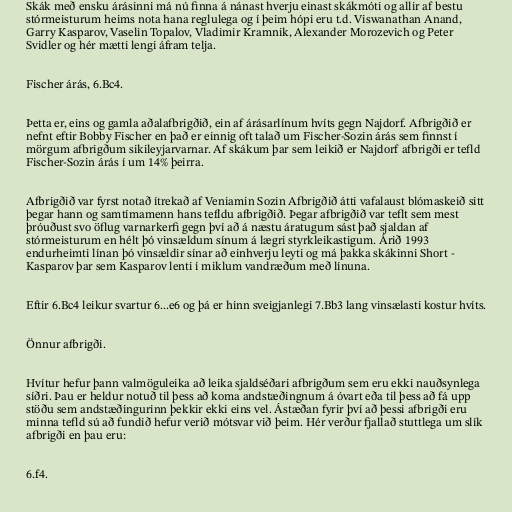
Skák með ensku árásinni má nú finna á nánast hverju einast skákmóti og allir af bestu
stórmeisturum heims nota hana reglulega og í þeim hópi eru t.d. Viswanathan Anand,
Garry Kasparov, Vaselin Topalov, Vladimir Kramnik, Alexander Morozevich og Peter
Svidler og hér mætti lengi áfram telja.

Fischer árás, 6.Bc4.

Þetta er, eins og gamla aðalafbrigðið, ein af árásarlínum hvíts gegn Najdorf. Afbrigðið er
nefnt eftir Bobby Fischer en það er einnig oft talað um Fischer-Sozin árás sem finnst í
mörgum afbrigðum sikileyjarvarnar. Af skákum þar sem leikið er Najdorf afbrigði er tefld
Fischer-Sozin árás í um 14% þeirra.

Afbrigðið var fyrst notað ítrekað af Veniamin Sozin Afbrigðið átti vafalaust blómaskeið sitt
þegar hann og samtímamenn hans tefldu afbrigðið. Þegar afbrigðið var teflt sem mest
þróuðust svo öflug varnarkerfi gegn því að á næstu áratugum sást það sjaldan af
stórmeisturum en hélt þó vinsældum sínum á lægri styrkleikastigum. Árið 1993
endurheimti línan þó vinsældir sínar að einhverju leyti og má þakka skákinni Short -
Kasparov þar sem Kasparov lenti í miklum vandræðum með línuna.

Eftir 6.Bc4 leikur svartur 6...e6 og þá er hinn sveigjanlegi 7.Bb3 lang vinsælasti kostur hvíts.

Önnur afbrigði.

Hvítur hefur þann valmöguleika að leika sjaldséðari afbrigðum sem eru ekki nauðsynlega
síðri. Þau er heldur notuð til þess að koma andstæðingnum á óvart eða til þess að fá upp
stöðu sem andstæðingurinn þekkir ekki eins vel. Ástæðan fyrir því að þessi afbrigði eru
minna tefld sú að fundið hefur verið mótsvar við þeim. Hér verður fjallað stuttlega um slík
afbrigði en þau eru:

6.f4.